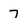
Character: 7